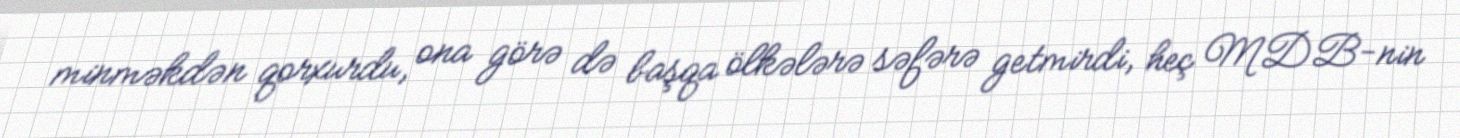
minməkdən qorxurdu, ona görə də başqa ölkələrə səfərə getmirdi, heç MDB-nin